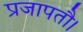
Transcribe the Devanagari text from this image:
प्रजापतौ।